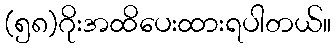
(၅၈)ဂိုးအထိပေးထားရပါတယ်။